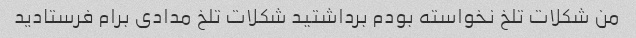
من شکلات تلخ نخواسته بودم برداشتید شکلات تلخ مدادی برام فرستادید